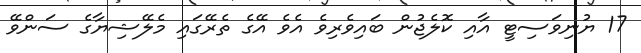
17 ޔުނިވަސިޓީ އާއި ކޮލެޖުން ބައިވެރިވެ އެވެ އޭގެ ތެރޭގައި މެލޭޝިޔާގެ ސަންވޭ